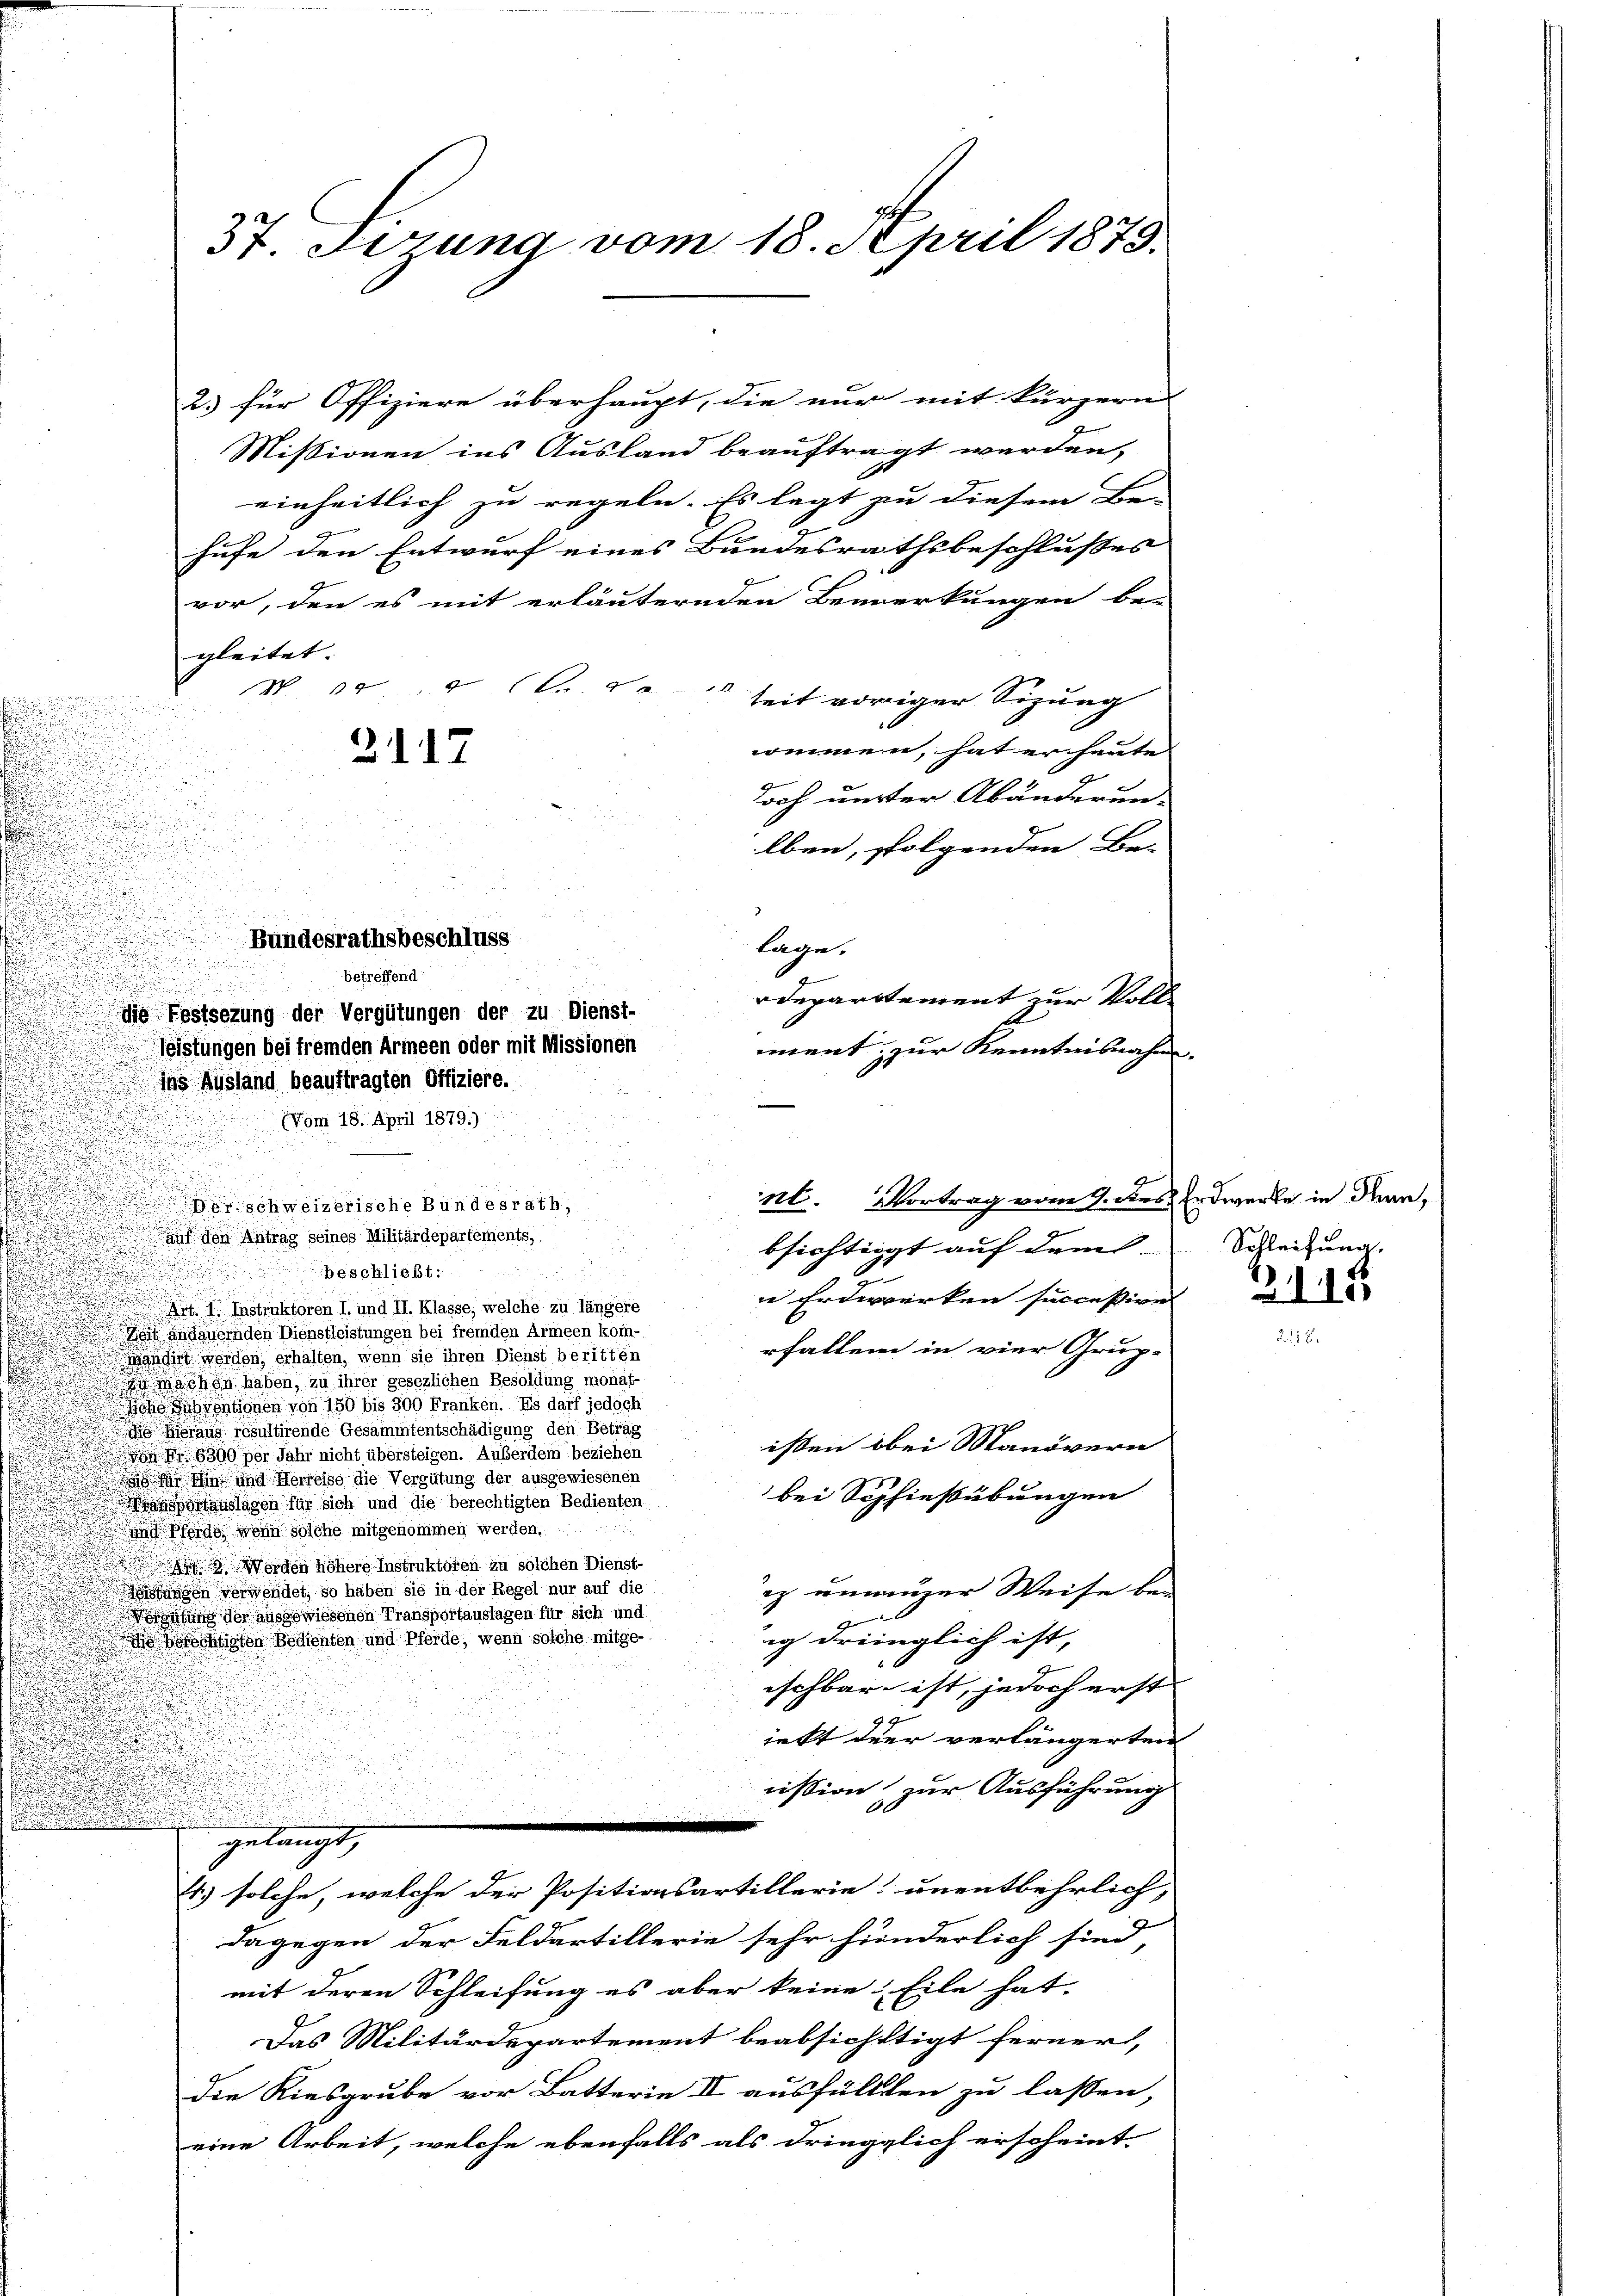
2.) für Offiziere überhaupt, die nur mit kürzern
Missionen ins Ausland beauftragt werden,
einheitlich zu regeln. Es legt zu diesem Be-
hufe den Entwurf eines Bundesrathsbeschlußes
vor, den es mit erläuternden Bemerkungen be-
gleitet. |
W 10 d. d. seit voriger Sitzung
ommen, hat er heute
doch unter Abänderun-
lben, folgenden Be-
Bundesrathsbeschluss
lage.
betreffend
departement zur Voll¬
Estsezung der Vergütungen der zu Dienst-
E
leistungen bei fremden Armeen oder mit Missionen
iment zur Kenntnisnahm.
ins Ausland beauftragten Offiziere.
(Vom 18. April 1879.)
u
Auf den Antrag seines Militärdepartements
bsichtigt auf dem
beschließt:

.
ie Erdeverken succeßive

 I. Instruktoren I. und II. Klasse, welche zu längere
d
Zeit andauernden Dienstleistungen bei fremden Armeen kom-
rhaltend in vier Grup-
Wandirt worden, erhalten, wenn sie ihren Dienst beritten
zu machen haben, zu ihrer gesezlichen Besoldung monat-
oh Jahrentionen von 150 bis 300 Franken. Es darf jedoch
i hieraus resultirende Gesammtentschädigung den Betrag
isten bei Manövern
6390 per Jahr nicht übersteigen. Außerdem beziehen
s Hin und Herreise die Vergütung der ausgewiesenen
bei Sophießübungen
ansportauslagen für sich und die berechtigten Bedienten
nd Pferde, wenn solche mitgenommen werden.
i Werden höhere Instruktoren zu solchen Dienst-
ez unnenger Weise beimungen verwendet, so haben sie in der Regel nur auf die
oribung der ausgewiesenen Transportauslagen für sich und
g
ig dringlich ist,
 berechtigten Bedienten und Pferde, wenn solche mitge-
ischbar ist, jedoch erst |
 x
ieft der verlängerten
ißion zur Ausführung
u
gelangt,
4) solche, welche der Positionsartillerie unentbehrlich,
dagegen der Feldartillerie sehr hinderlich sind,
mit deren Schleifung es aber keine Eile hat.
Das Militärdepartement beabsichtigt ferner,
Die Kiesgrube vor Batterie II ausfüllten zu lassen,
eine Arbeit, welche ebenfalls als dringglich erscheint

.

37. Ferung vom 18. April 1879.

2117

schweizerische Bundesrath,

nt. Vortrag vom 7. dies Erdwerke in denn,

Schleifung.

2110